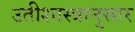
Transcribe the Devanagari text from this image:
उतीशास्त्रानुसार